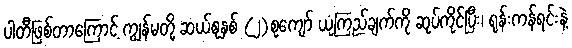
ပါတီဖြစ်တာကြောင့် ကျွန်မတို့ ဆယ်စုနှစ် (၂)စုကျော် ယုံကြည်ချက်ကို ဆုပ်ကိုင်ပြီး၊ ရုန်းကန်ရင်းနဲ့